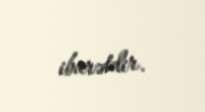
ibarətdir.